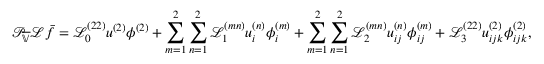
\mathcal { P } _ { \overline { { \mathbb { V } } } } \mathcal { L } \bar { f } = \mathscr { L } _ { 0 } ^ { ( 2 2 ) } u ^ { ( 2 ) } \phi ^ { ( 2 ) } + \sum _ { m = 1 } ^ { 2 } \sum _ { n = 1 } ^ { 2 } \mathscr { L } _ { 1 } ^ { ( m n ) } u _ { i } ^ { ( n ) } \phi _ { i } ^ { ( m ) } + \sum _ { m = 1 } ^ { 2 } \sum _ { n = 1 } ^ { 2 } \mathscr { L } _ { 2 } ^ { ( m n ) } u _ { i j } ^ { ( n ) } \phi _ { i j } ^ { ( m ) } + \mathscr { L } _ { 3 } ^ { ( 2 2 ) } u _ { i j k } ^ { ( 2 ) } \phi _ { i j k } ^ { ( 2 ) } ,